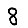
Digit: 8